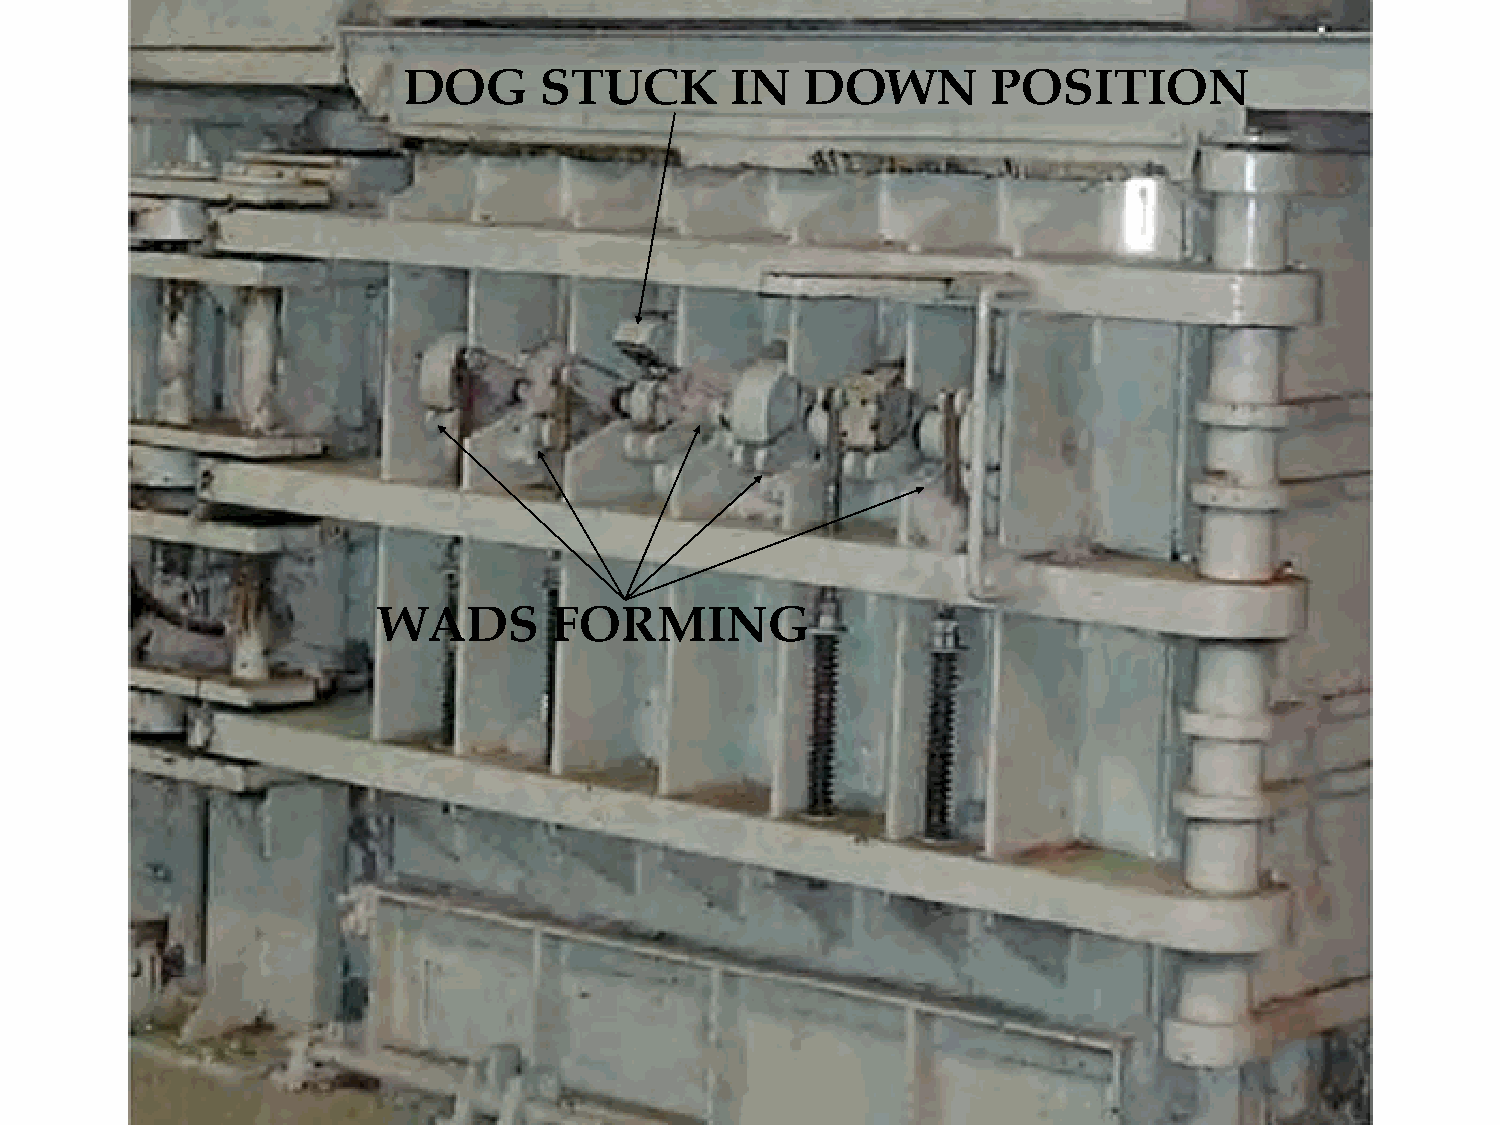
DOG      STUCK       IN   DOWN         POSITION
 WADS       FORMING